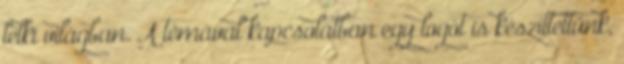
lelki világban. A témával kapcsolatban egy logót is készíttettünk,